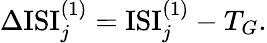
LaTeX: \Delta\mathrm{ISI}_{j}^{(1)}=\mathrm{ISI}_{j}^{(1)}-T_{G}.